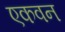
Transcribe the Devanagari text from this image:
एकवन